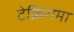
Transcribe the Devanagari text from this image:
टेक्निरामा